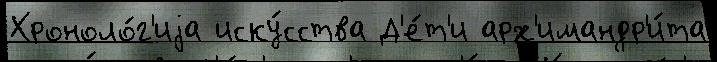
Хроноло́г'иjа иску́сства Д'е́т'и арх'имандр'и́та